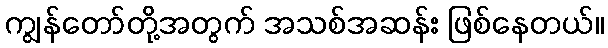
ကျွန်တော်တို့အတွက် အသစ်အဆန်း ဖြစ်နေတယ်။